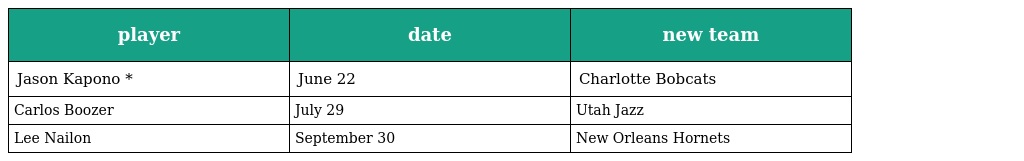
| player | date | new team |
 | --- | --- | --- |
 | Jason Kapono * | June 22 | Charlotte Bobcats |
 | Carlos Boozer | July 29 | Utah Jazz |
 | Lee Nailon | September 30 | New Orleans Hornets |